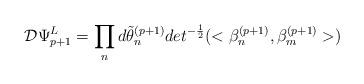
LaTeX: \begin{align*}{\cal D} \Psi^{L}_{p+1} = \prod_{n} d\tilde{\theta}^{(p+1)}_{n} det^{-{1 \over2}}(< \beta^{(p+1)}_{n}, \beta_{m}^{(p+1)}>)\end{align*}